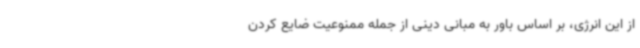
از این انرژی، بر اساس باور به مبانی دینی از جمله ممنوعیت ضایع کردن